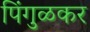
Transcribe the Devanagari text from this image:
पिंगुळकर